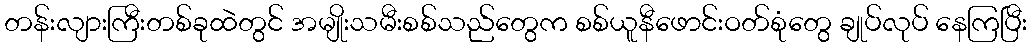
တန်းလျားကြီးတစ်ခုထဲတွင် အမျိုးသမီးစစ်သည်တွေက စစ်ယူနီဖောင်းဝတ်စုံတွေ ချုပ်လုပ် နေကြပြီး